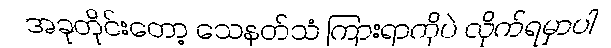
အခုတိုင်းတော့ သေနတ်သံ ကြားရာကိုပဲ လိုက်ရမှာပါ